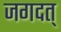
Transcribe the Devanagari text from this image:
जगदत्